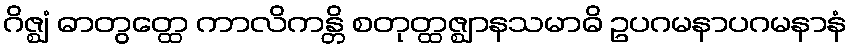
ဂိဇ္ဈံ ဓာတွတ္ထေ ကာလိကန္တိ စတုတ္ထဇ္ဈာနသမာဓိ ဥပဂမနာပဂမနာနံ